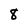
Character: 8